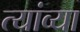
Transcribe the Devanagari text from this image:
त्यांव्या